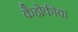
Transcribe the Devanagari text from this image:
कैहोकीया